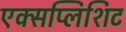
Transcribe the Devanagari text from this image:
एक्सप्लिशिट